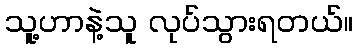
သူ့ဟာနဲ့သူ လုပ်သွားရတယ်။